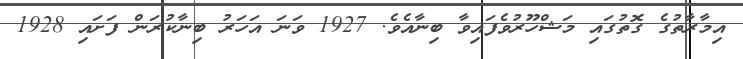
އިމާރާތުގެ ގޮތުގައި މަޝްހޫރުވެފައިވާ ބިނާއެވެ. 1927 ވަނަ އަހަރު ބިނާކުރަން ފަށައި 1928